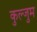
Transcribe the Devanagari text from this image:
कुल्जुम